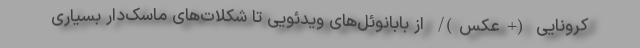
کرونایی (+عکس)/ از بابانوئل‌های ویدئویی تا شکلات‌های ماسک‌دار بسیاری